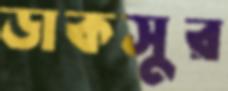
ডাকসুর